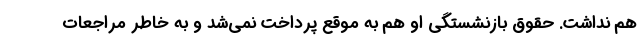
هم نداشت. حقوق بازنشستگی او هم به موقع پرداخت نمی‌شد و به خاطر مراجعات